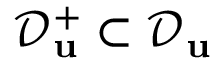
\mathcal { D } _ { \mathbf { u } } ^ { + } \subset \mathcal { D } _ { \mathbf { u } }